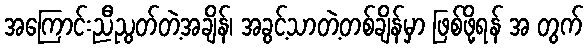
အကြောင်းညီညွတ်တဲ့အချိန်၊ အခွင့်သာတဲ့တစ်ချိန်မှာ ဖြစ်ဖို့ရန် အ တွက်